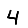
Digit: 4